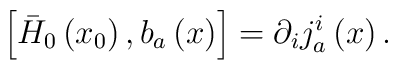
\left[ \bar{H}_{0}\left( x_{0}\right) ,b_{a}\left( x\right) \right]=\partial _{i}j_{a}^{i}\left( x\right) .